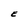
Character: E